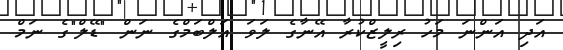
އަދި އަންނަ މަހު ރިލީޒްކުރާ އޭނާގެ ލަވަ އަލްބަމްގެ ނަން "ޑޭލް"ގެ ނަމް